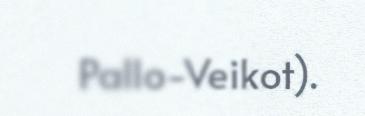
Pallo-Veikot).